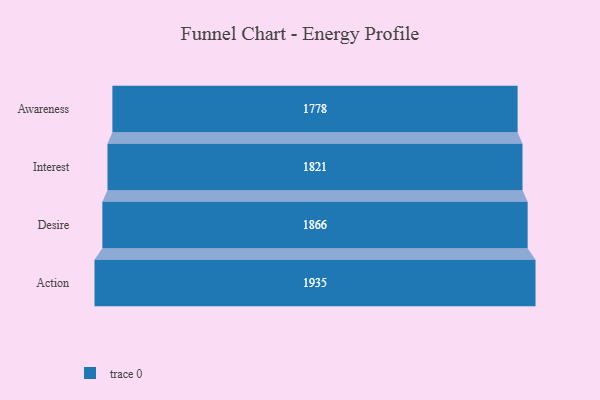
{"axis": {"x": "Stage", "y": "Value"}, "legend": [""], "data": [{"x": "Awareness", "y": 1778.0, "type": ""}, {"x": "Interest", "y": 1821.0, "type": ""}, {"x": "Desire", "y": 1866.0, "type": ""}, {"x": "Action", "y": 1935.0, "type": ""}]}